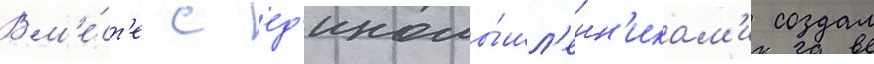
Вм'е́ст'е с ед'иномы́шл'енн'икам'и создал